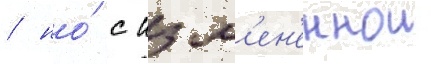
/ но́ с изм'ен'еннои